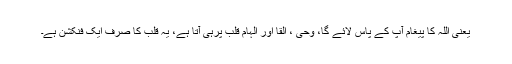
یعنی اللہ کا پیغام آپ کے پاس لائے گا، وحی ، القا اور الہام قلب پرہی آتا ہے، یہ قلب کا صرف ایک فنکشن ہے۔